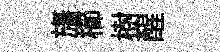
旛櫛樹醒